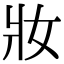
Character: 妝